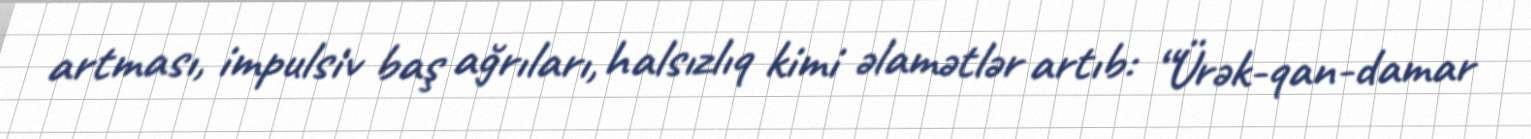
artması, impulsiv baş ağrıları, halsızlıq kimi əlamətlər artıb: “Ürək-qan-damar